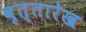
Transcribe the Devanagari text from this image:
वृत्तारेख